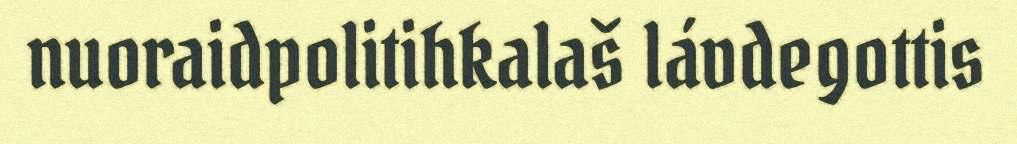
nuoraidpolitihkalaš lávdegottis